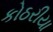
કોઠરીયા